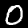
Label: 0